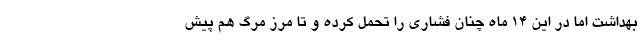
بهداشت اما در این 14 ماه چنان فشاری را تحمل کرده و تا مرز مرگ هم پیش